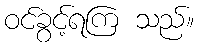
ဝင်ခွင့်ရကြ သည်။